Report of the Bombay Veterinary College
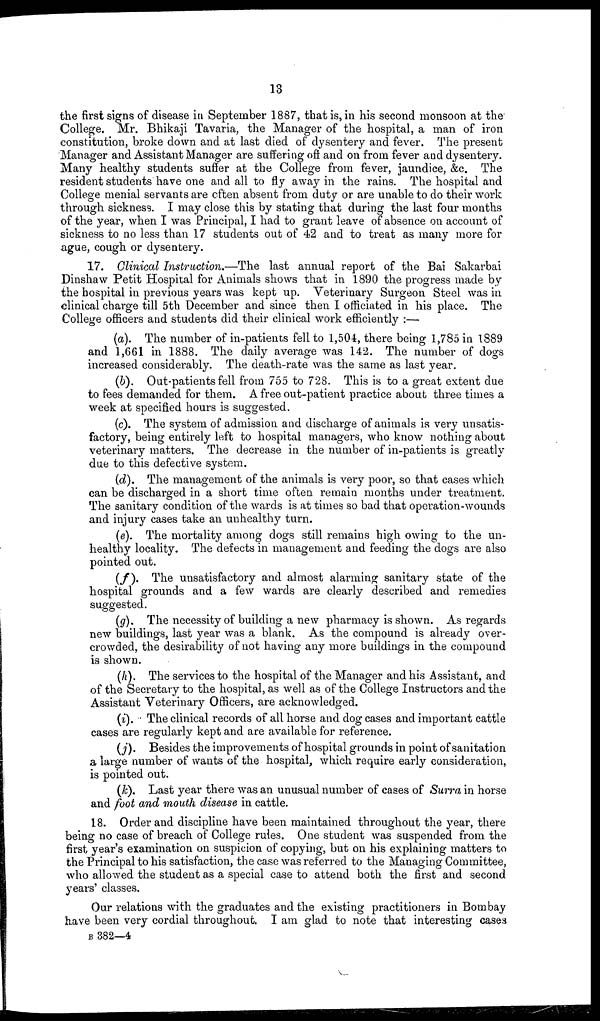
13
the first signs of disease in September 1887, that is, in his second monsoon at the
College. Mr. Bhikaji Tavaria, the Manager of the hospital, a man of iron
constitution, broke down and at last died of dysentery and fever. The present
Manager and Assistant Manager are suffering off and on from fever and dysentery.
Many healthy students suffer at the College from fever, jaundice, &c. The
resident students have one and all to fly away in the rains. The hospital and
College menial servants are often absent from duty or are unable to do their work
through sickness. I may close this by stating that during the last four months
of the year, when I was Principal, I had to grant leave of absence on account of
sickness to no less than 17 students out of 42 and to treat as many more for
ague, cough or dysentery.
17. Clinical Instruction.—The last annual report of the Bai Sakarbai
Dinshaw Petit Hospital for Animals shows that in 1890 the progress made by
the hospital in previous years was kept up. Veterinary Surgeon Steel was in
clinical charge till 5th December and since then I officiated in his place. The
College officers and students did their clinical work efficiently :—
(a). The number of in-patients fell to 1,504, there being 1,785 in 1889
and 1,661 in 1888. The daily average was 142. The number of dogs
increased considerably. The death-rate was the same as last year.
(b). Out-patients fell from 755 to 728. This is to a great extent due
to fees demanded for them. A free out-patient practice about three times a
week at specified hours is suggested.
(c). The system of admission and discharge of animals is very unsatis-
factory, being entirely left to hospital managers, who know nothing about
veterinary matters. The decrease in the number of in-patients is greatly
due to this defective system.
(d). The management of the animals is very poor, so that cases which
can be discharged in a short time often remain months under treatment.
The sanitary condition of the wards is at times so bad that operation-wounds
and injury cases take an unhealthy turn.
(e). The mortality among dogs still remains high owing to the un-
healthy locality. The defects in management and feeding the dogs are also
pointed out.
(f).
The unsatisfactory and almost alarming sanitary state of the
hospital grounds and a few wards are clearly described and remedies
suggested.
(g). The necessity of building a new pharmacy is shown. As regards
new buildings, last year was a blank. As the compound is already over-
crowded, the desirability of not having any more buildings in the compound
is shown.
(h). The services to the hospital of the Manager and his Assistant, and
of the Secretary to the hospital, as well as of the College Instructors and the
Assistant Veterinary Officers, are acknowledged.
(i). The clinical records of all horse and dog cases and important cattle
cases are regularly kept and are available for reference.
(j). Besides the improvements of hospital grounds in point of sanitation
a large number of wants of the hospital, which require early consideration,
is pointed out.
(k). Last year there was an unusual number of cases of Surra in horse
and foot and mouth disease in cattle.
18. Order and discipline have been maintained throughout the year, there
being no case of breach of College rules. One student was suspended from the
first year's examination on suspicion of copying, but on his explaining matters to
the Principal to his satisfaction, the case was referred to the Managing Committee,
who allowed the student as a special case to attend both the first and second
years' classes.
Our relations with the graduates and the existing practitioners in Bombay
have been very cordial throughout. I am glad to note that interesting cases
B 382—4